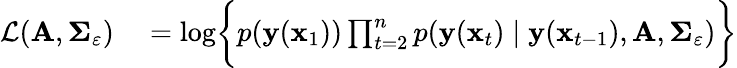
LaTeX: \begin{array}{rl}{\mathcal L(\mathbf A,\mathbf\Sigma_{\varepsilon})}&{{}=\log\biggl\{ p(\mathbf y(\mathbf x_{1}))\prod_{t=2}^{n}p(\mathbf y(\mathbf x_{t})\mid\mathbf y(\mathbf x_{t-1}),\mathbf A,\mathbf\Sigma_{\varepsilon})\biggl\} }\end{array}